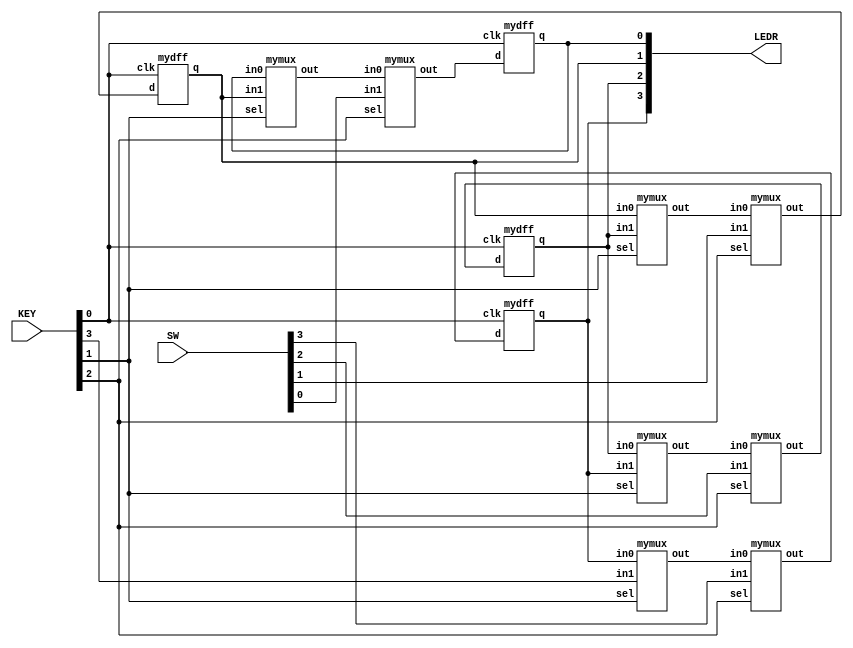
module top_module (
    input [3:0] SW,
    input [3:0] KEY,
    output [3:0] LEDR
); //
    
    wire mux[7:0];
    
    mymux u_mymux_11 (LEDR[3], KEY[3], KEY[1], mux[0]);
    mymux u_mymux_12 (mux[0], SW[3], KEY[2], mux[1]);
    mydff u_mydff_1 (mux[1], KEY[0], LEDR[3]);
    
    mymux u_mymux_21 (LEDR[2], LEDR[3], KEY[1], mux[2]);
    mymux u_mymux_22 (mux[2], SW[2], KEY[2], mux[3]);
    mydff u_mydff_2 (mux[3], KEY[0], LEDR[2]);
    
    mymux u_mymux_31 (LEDR[1], LEDR[2], KEY[1], mux[4]);
    mymux u_mymux_32 (mux[4], SW[1], KEY[2], mux[5]);
    mydff u_mydff_3 (mux[5], KEY[0], LEDR[1]);
    
    mymux u_mymux_41 (LEDR[0], LEDR[1], KEY[1], mux[6]);
    mymux u_mymux_42 (mux[6], SW[0], KEY[2], mux[7]);
    mydff u_mydff_4 (mux[7], KEY[0], LEDR[0]);

endmodule

module mydff (
    input d, clk,
    output reg q
);

    always @(posedge clk) begin
        q <= d;
    end

endmodule

module mymux (
    input in0, in1, sel,
    output out
);

    assign out = sel ? in1 : in0;

endmodule